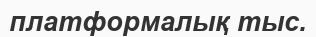
платформалық тыс.